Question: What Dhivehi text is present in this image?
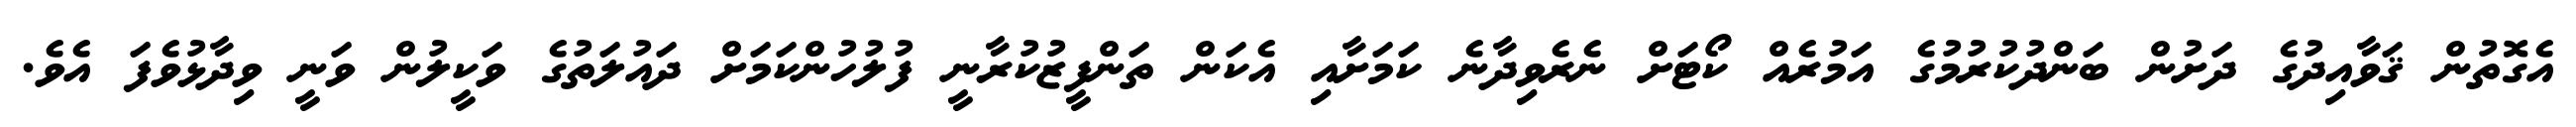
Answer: އެގޮތުން ޤަވާއިދުގެ ދަށުން ބަންދުކުރުމުގެ އަމުރެއް ކޯޓަށް ނެރެވިދާނެ ކަމަށާއި އެކަން ތަންފީޒުކުރާނީ ފުލުހުންކަމަށް ދައުލަތުގެ ވަކީލުން ވަނީ ވިދާޅުވެފަ އެވެ.